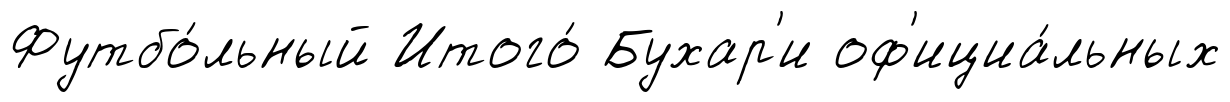
Футбо́льный Итого́ Бухар'и оф'ициа́льных